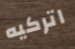
اتركيه